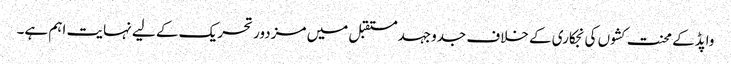
واپڈکے محنت کشوں کی نجکاری کے خلاف جدوجہدمستقبل میں مزدور تحریک کے لیے نہایت اہم ہے۔